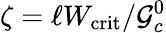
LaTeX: \zeta=\ell W_{\mathrm{crit}}/\mathcal{G}_{c}^{0}